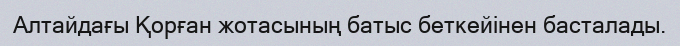
Алтайдағы Қорған жотасының батыс беткейінен басталады.